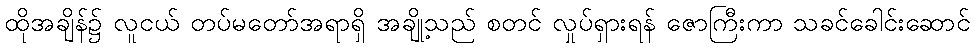
ထိုအချိန်၌ လူငယ် တပ်မတော်အရာရှိ အချို့သည် စတင် လှုပ်ရှားရန် ဇောကြီးကာ သခင်ခေါင်းဆောင်